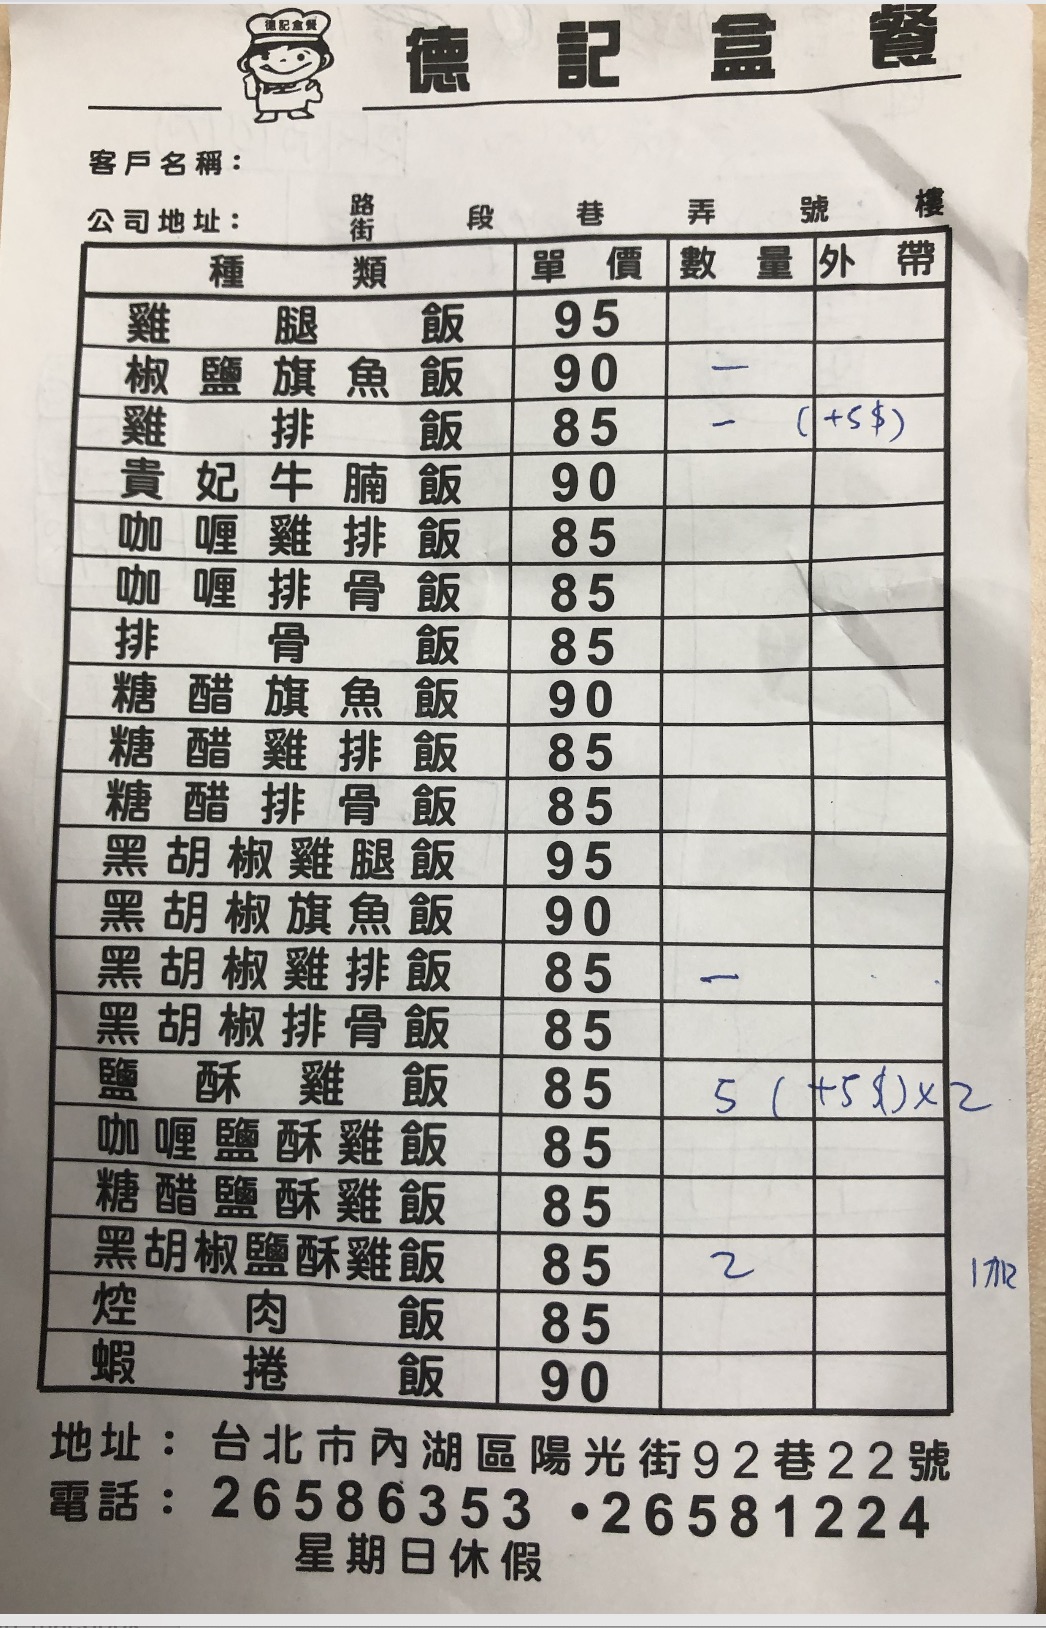
餐廳：德記盒餐
地址：台北市內湖區陽光街92巷22號
電話：26586353,26581224
營業時間：星期日休假
菜單：
name: 雞腿飯
price: 95
name: 椒鹽旗魚飯
price: 90
name: 雞排飯
price: 85
name: 貴妃牛腩飯
price: 90
name: 咖喱雞排飯
price: 85
name: 排骨飯
price: 85
name: 糖醋旗魚飯
price: 90
name: 糖醋雞排飯
price: 85
name: 糖醋排骨飯
price: 85
name: 黑胡椒雞腿飯
price: 95
name: 黑胡椒旗魚飯
price: 90
name: 黑胡椒雞排飯
price: 85
name: 黑胡椒排骨飯
price: 85
name: 鹽酥雞飯
price: 85
name: 咖喱鹽酥雞飯
price: 85
name: 糖醋鹽酥雞飯
price: 85
name: 黑胡椒鹽酥雞飯
price: 85
name: 焢肉飯
price: 85
name: 蝦捲飯
price: 90